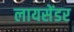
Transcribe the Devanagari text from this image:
लायसेंडर